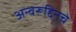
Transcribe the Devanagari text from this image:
अन्वरूद्दिनचे